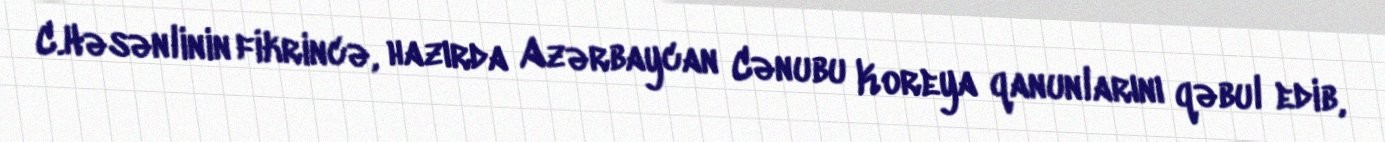
C.Həsənlinin fikrincə, hazırda Azərbaycan Cənubu Koreya qanunlarını qəbul edib,